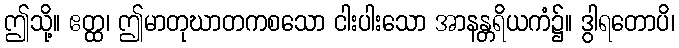
ဤသို့။ ဧတ္ထ၊ ဤမာတုဃာတကစသော ငါးပါးသော အာနန္တရိယကံ၌။ ဒွါရတောပိ၊